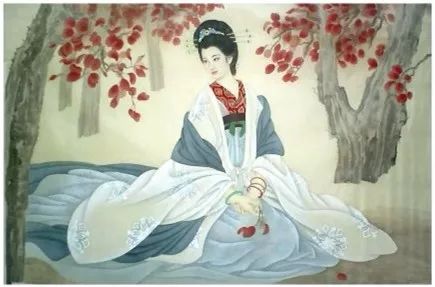
愿随孤月影，流照伏波营。